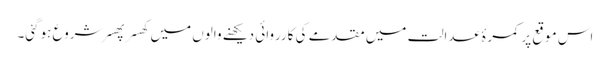
اس موقع پر کمرۂ عدالت میں مقدمے کی کارروائی دیکھنے والوں میں کھسر پھسر شروع ہوگئی۔